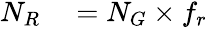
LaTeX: \begin{array}{rl}{N_{R}}&{{}=N_{G}\times f_{r}}\end{array}